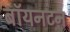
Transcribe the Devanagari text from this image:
बॉयनटन